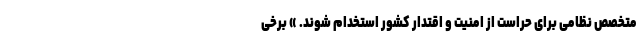
متخصص نظامی برای حراست از امنیت و اقتدار کشور استخدام شوند. » برخی